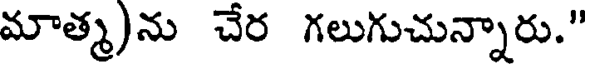
మాత్మ)ను చేర గలుగుచున్నారు."